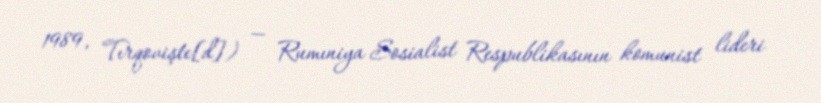
1989, Tırqovişte[d]) — Rumıniya Sosialist Respublikasının komunist lideri